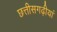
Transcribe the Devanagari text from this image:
छत्तीसगढ़ीयां